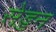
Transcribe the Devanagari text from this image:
सेड्डन